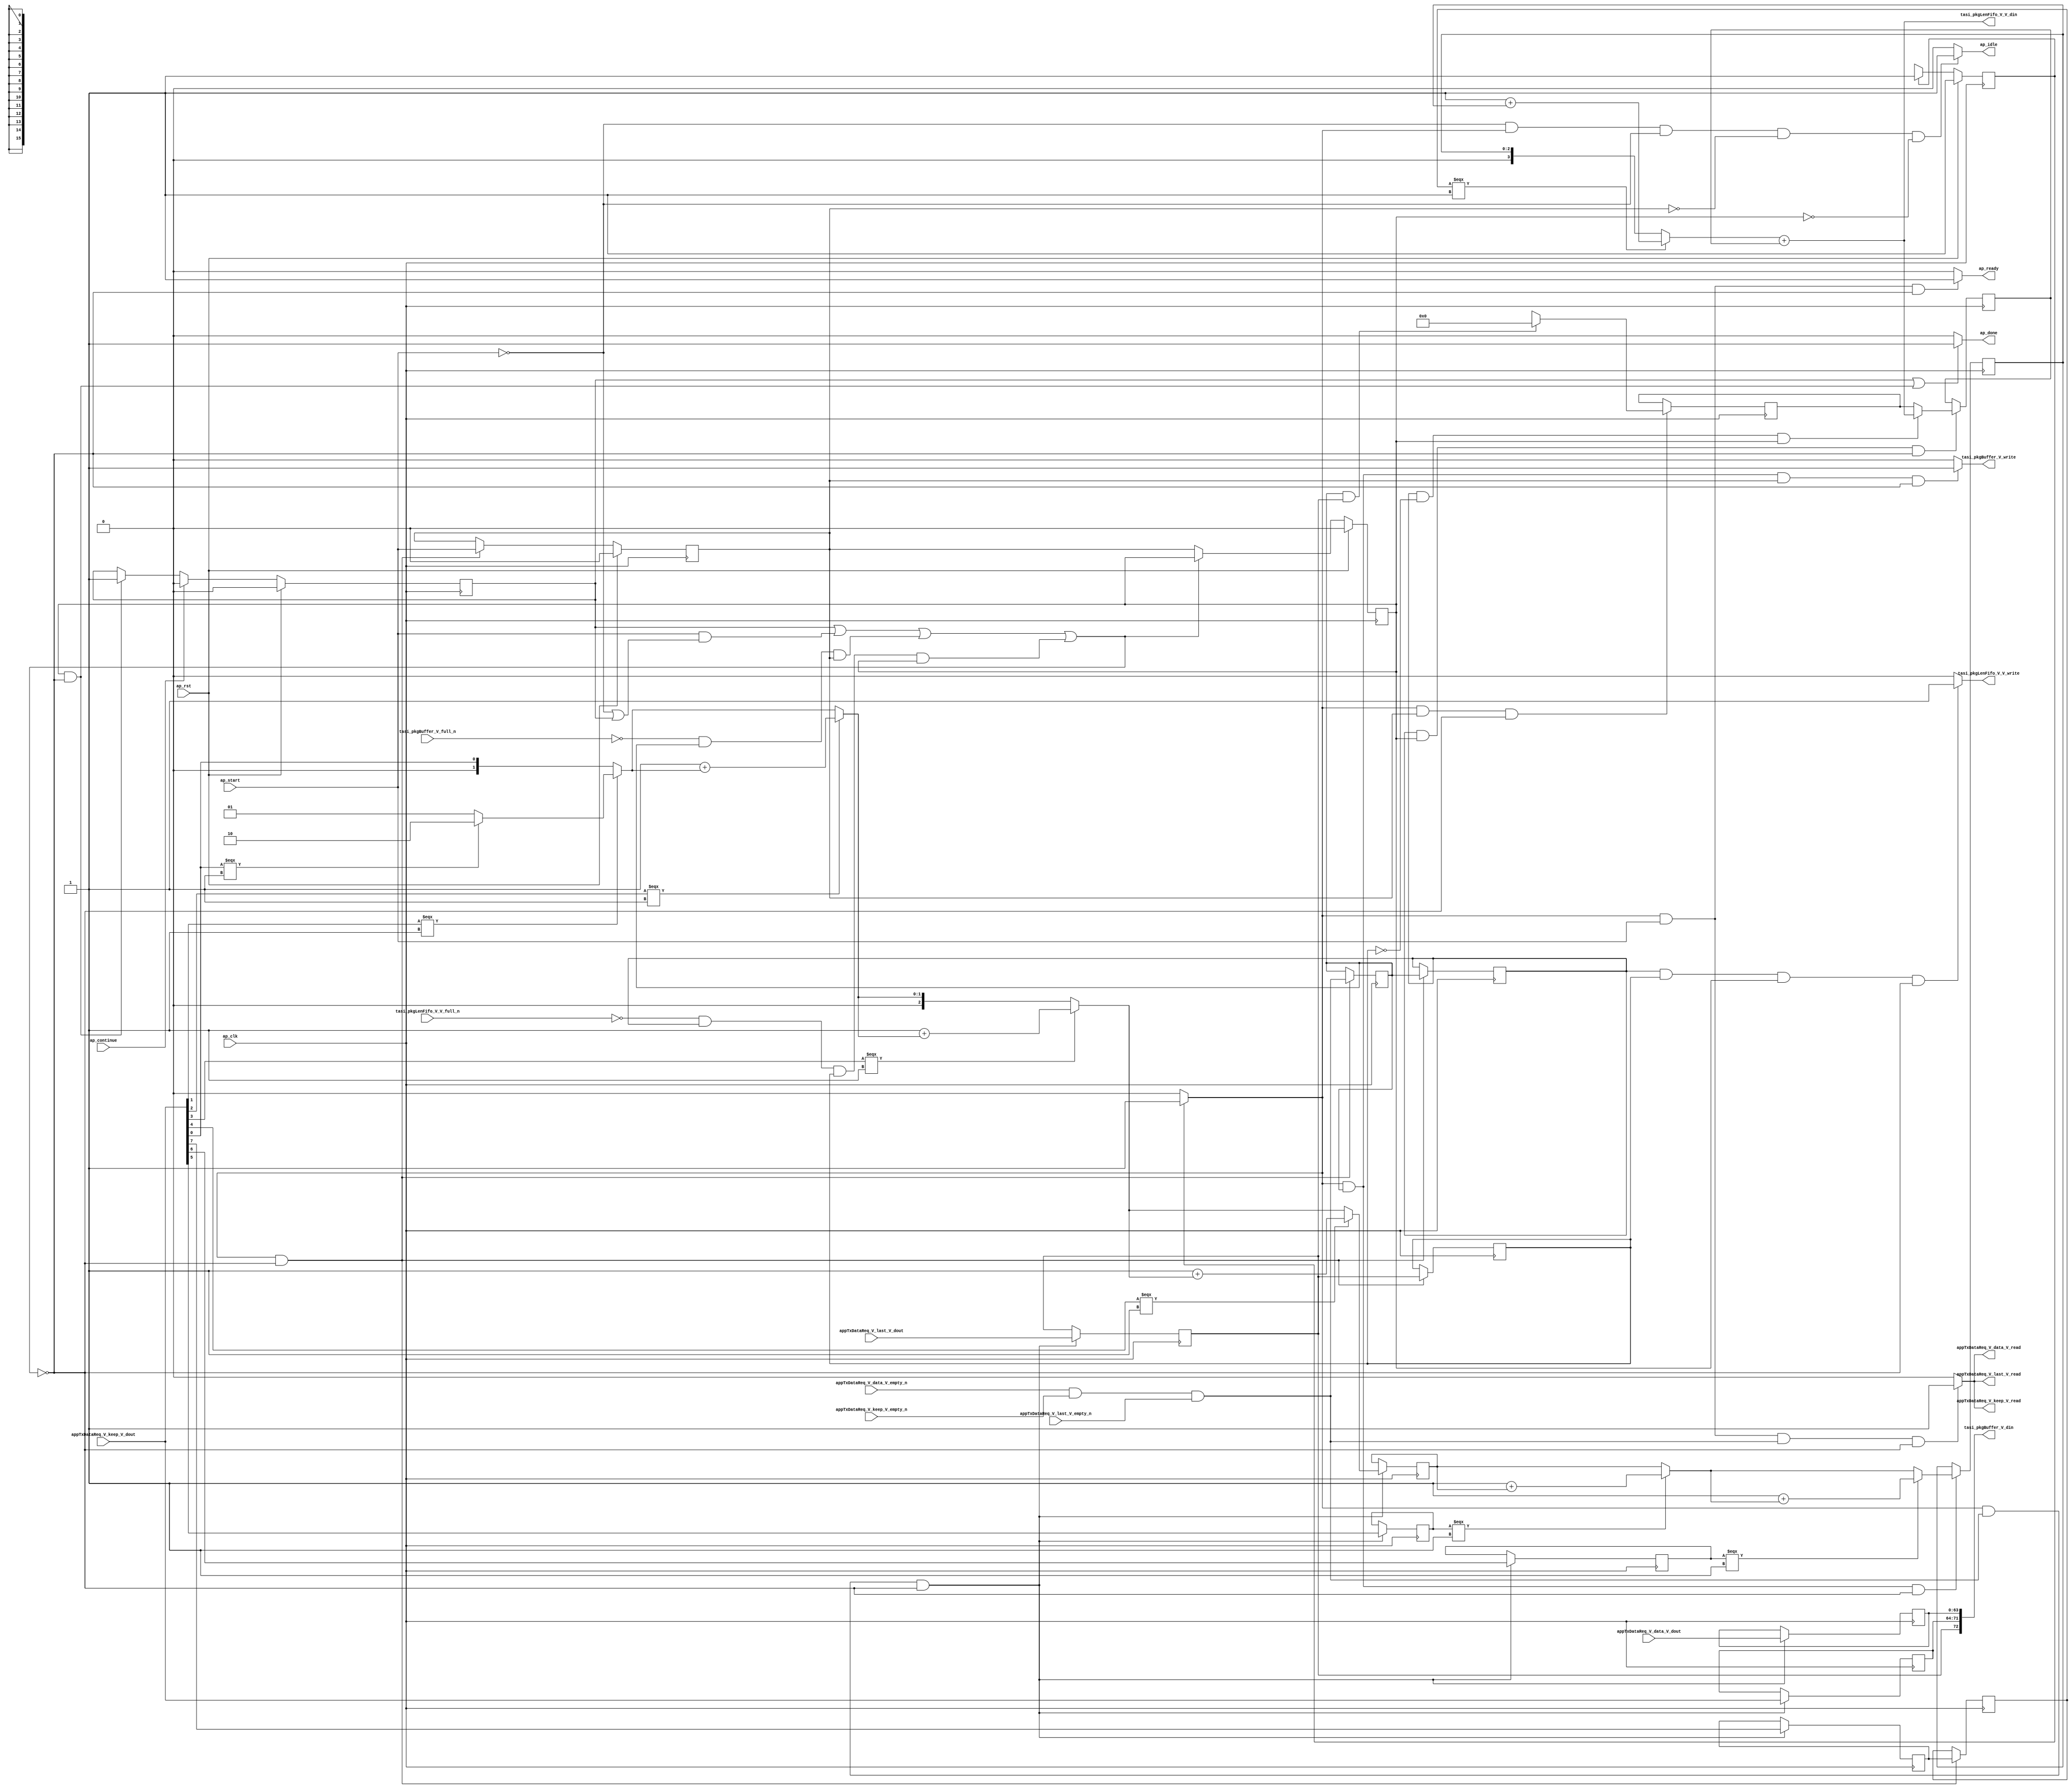
// This program was cloned from: https://github.com/mustafabbas/ECE1373_2016_hft_on_fpga
// License: MIT License

// ==============================================================
// RTL generated by Vivado(TM) HLS - High-Level Synthesis from C, C++ and SystemC
// Version: 2015.1
// Copyright (C) 2015 Xilinx Inc. All rights reserved.
// 
// ===========================================================

`timescale 1 ns / 1 ps 

module toe_tasi_compute_pkg_size (
        ap_clk,
        ap_rst,
        ap_start,
        ap_done,
        ap_continue,
        ap_idle,
        ap_ready,
        tasi_pkgBuffer_V_din,
        tasi_pkgBuffer_V_full_n,
        tasi_pkgBuffer_V_write,
        tasi_pkgLenFifo_V_V_din,
        tasi_pkgLenFifo_V_V_full_n,
        tasi_pkgLenFifo_V_V_write,
        appTxDataReq_V_data_V_dout,
        appTxDataReq_V_data_V_empty_n,
        appTxDataReq_V_data_V_read,
        appTxDataReq_V_keep_V_dout,
        appTxDataReq_V_keep_V_empty_n,
        appTxDataReq_V_keep_V_read,
        appTxDataReq_V_last_V_dout,
        appTxDataReq_V_last_V_empty_n,
        appTxDataReq_V_last_V_read
);

parameter    ap_const_logic_1 = 1'b1;
parameter    ap_const_logic_0 = 1'b0;
parameter    ap_ST_pp0_stg0_fsm_0 = 1'b1;
parameter    ap_const_lv32_0 = 32'b00000000000000000000000000000000;
parameter    ap_const_lv1_1 = 1'b1;
parameter    ap_const_lv1_0 = 1'b0;
parameter    ap_const_lv16_0 = 16'b0000000000000000;
parameter    ap_const_lv32_1 = 32'b1;
parameter    ap_const_lv2_2 = 2'b10;
parameter    ap_const_lv2_1 = 2'b1;
parameter    ap_const_lv32_2 = 32'b10;
parameter    ap_const_lv32_3 = 32'b11;
parameter    ap_const_lv3_1 = 3'b1;
parameter    ap_const_lv32_4 = 32'b100;
parameter    ap_const_lv32_5 = 32'b101;
parameter    ap_const_lv32_6 = 32'b110;
parameter    ap_const_lv32_7 = 32'b111;
parameter    ap_const_lv4_1 = 4'b1;
parameter    ap_true = 1'b1;

input   ap_clk;
input   ap_rst;
input   ap_start;
output   ap_done;
input   ap_continue;
output   ap_idle;
output   ap_ready;
output  [72:0] tasi_pkgBuffer_V_din;
input   tasi_pkgBuffer_V_full_n;
output   tasi_pkgBuffer_V_write;
output  [15:0] tasi_pkgLenFifo_V_V_din;
input   tasi_pkgLenFifo_V_V_full_n;
output   tasi_pkgLenFifo_V_V_write;
input  [63:0] appTxDataReq_V_data_V_dout;
input   appTxDataReq_V_data_V_empty_n;
output   appTxDataReq_V_data_V_read;
input  [7:0] appTxDataReq_V_keep_V_dout;
input   appTxDataReq_V_keep_V_empty_n;
output   appTxDataReq_V_keep_V_read;
input  [0:0] appTxDataReq_V_last_V_dout;
input   appTxDataReq_V_last_V_empty_n;
output   appTxDataReq_V_last_V_read;

reg ap_done;
reg ap_idle;
reg ap_ready;
reg tasi_pkgBuffer_V_write;
reg tasi_pkgLenFifo_V_V_write;
reg    ap_done_reg = 1'b0;
(* fsm_encoding = "none" *) reg   [0:0] ap_CS_fsm = 1'b1;
reg    ap_sig_cseq_ST_pp0_stg0_fsm_0;
reg    ap_sig_bdd_20;
wire    ap_reg_ppiten_pp0_it0;
reg    ap_reg_ppiten_pp0_it1 = 1'b0;
reg    ap_reg_ppiten_pp0_it2 = 1'b0;
wire    appTxDataReq_V_data_V0_status;
wire   [0:0] tmp_nbreadreq_fu_94_p5;
reg    ap_sig_bdd_49;
reg   [0:0] tmp_reg_350;
reg    ap_sig_bdd_60;
reg   [0:0] ap_reg_ppstg_tmp_reg_350_pp0_it1;
reg   [0:0] tmp_last_V_reg_364;
reg   [0:0] ap_reg_ppstg_tmp_last_V_reg_364_pp0_it1;
reg    ap_sig_bdd_78;
reg   [15:0] tasi_pkgLen_V = 16'b0000000000000000;
reg   [63:0] tmp_data_V_reg_354;
reg   [7:0] tmp_keep_V_reg_359;
wire   [2:0] agg_result_V_buf_0_tmp_2_4_i_fu_248_p3;
reg   [2:0] agg_result_V_buf_0_tmp_2_4_i_reg_369;
reg   [0:0] tmp_318_reg_375;
reg   [0:0] tmp_319_reg_380;
reg   [0:0] tmp_320_reg_385;
reg   [0:0] ap_reg_ppstg_tmp_320_reg_385_pp0_it1;
wire   [2:0] agg_result_V_buf_0_tmp_2_6_i_fu_305_p3;
reg   [2:0] agg_result_V_buf_0_tmp_2_6_i_reg_390;
wire   [15:0] ap_reg_phiprechg_tasi_pkgLen_V_new_reg_130pp0_it1;
reg   [15:0] ap_reg_phiprechg_tasi_pkgLen_V_new_reg_130pp0_it2;
reg   [15:0] tasi_pkgLen_V_new_phi_fu_134_p4;
wire   [15:0] tmp_V_fu_336_p2;
reg    appTxDataReq_V_data_V0_update;
wire   [0:0] tmp_313_fu_154_p1;
wire   [0:0] tmp_314_fu_162_p3;
wire   [1:0] tmp_2_1_i_fu_170_p3;
wire   [1:0] agg_result_V_buf_0_tmp_2_i_cas_fu_158_p1;
wire   [1:0] agg_result_V_buf_0_tmp_2_1_i_fu_178_p3;
wire   [0:0] tmp_315_fu_186_p3;
wire   [1:0] tmp_2_2_i_fu_194_p2;
wire   [1:0] agg_result_V_buf_0_tmp_2_2_i_fu_200_p3;
wire   [2:0] agg_result_V_buf_0_tmp_2_2_i_c_fu_208_p1;
wire   [0:0] tmp_316_fu_212_p3;
wire   [2:0] tmp_2_3_i_fu_220_p2;
wire   [2:0] agg_result_V_buf_0_tmp_2_3_i_fu_226_p3;
wire   [0:0] tmp_317_fu_234_p3;
wire   [2:0] tmp_2_4_i_fu_242_p2;
wire   [2:0] tmp_2_5_i_fu_288_p2;
wire   [2:0] agg_result_V_buf_0_tmp_2_5_i_fu_293_p3;
wire   [2:0] tmp_2_6_i_fu_299_p2;
wire   [3:0] agg_result_V_buf_0_tmp_2_6_i_c_fu_312_p1;
wire   [3:0] tmp_2_7_i_fu_315_p2;
wire   [3:0] agg_result_V_0_tmp_2_7_i_fu_321_p3;
wire   [15:0] tmp_s_fu_328_p1;
reg   [0:0] ap_NS_fsm;
reg    ap_sig_pprstidle_pp0;
reg    ap_sig_bdd_131;
reg    ap_sig_bdd_127;




/// the current state (ap_CS_fsm) of the state machine. ///
always @ (posedge ap_clk)
begin : ap_ret_ap_CS_fsm
    if (ap_rst == 1'b1) begin
        ap_CS_fsm <= ap_ST_pp0_stg0_fsm_0;
    end else begin
        ap_CS_fsm <= ap_NS_fsm;
    end
end

/// ap_done_reg assign process. ///
always @ (posedge ap_clk)
begin : ap_ret_ap_done_reg
    if (ap_rst == 1'b1) begin
        ap_done_reg <= ap_const_logic_0;
    end else begin
        if ((ap_const_logic_1 == ap_continue)) begin
            ap_done_reg <= ap_const_logic_0;
        end else if (((ap_const_logic_1 == ap_reg_ppiten_pp0_it2) & ~((ap_done_reg == ap_const_logic_1) | ((ap_const_logic_1 == ap_reg_ppiten_pp0_it0) & ap_sig_bdd_49) | (ap_sig_bdd_60 & (ap_const_logic_1 == ap_reg_ppiten_pp0_it1)) | (ap_sig_bdd_78 & (ap_const_logic_1 == ap_reg_ppiten_pp0_it2))))) begin
            ap_done_reg <= ap_const_logic_1;
        end
    end
end

/// ap_reg_ppiten_pp0_it1 assign process. ///
always @ (posedge ap_clk)
begin : ap_ret_ap_reg_ppiten_pp0_it1
    if (ap_rst == 1'b1) begin
        ap_reg_ppiten_pp0_it1 <= ap_const_logic_0;
    end else begin
        if (((ap_const_logic_1 == ap_sig_cseq_ST_pp0_stg0_fsm_0) & ~((ap_done_reg == ap_const_logic_1) | ((ap_const_logic_1 == ap_reg_ppiten_pp0_it0) & ap_sig_bdd_49) | (ap_sig_bdd_60 & (ap_const_logic_1 == ap_reg_ppiten_pp0_it1)) | (ap_sig_bdd_78 & (ap_const_logic_1 == ap_reg_ppiten_pp0_it2))))) begin
            ap_reg_ppiten_pp0_it1 <= ap_reg_ppiten_pp0_it0;
        end
    end
end

/// ap_reg_ppiten_pp0_it2 assign process. ///
always @ (posedge ap_clk)
begin : ap_ret_ap_reg_ppiten_pp0_it2
    if (ap_rst == 1'b1) begin
        ap_reg_ppiten_pp0_it2 <= ap_const_logic_0;
    end else begin
        if (~((ap_done_reg == ap_const_logic_1) | ((ap_const_logic_1 == ap_reg_ppiten_pp0_it0) & ap_sig_bdd_49) | (ap_sig_bdd_60 & (ap_const_logic_1 == ap_reg_ppiten_pp0_it1)) | (ap_sig_bdd_78 & (ap_const_logic_1 == ap_reg_ppiten_pp0_it2)))) begin
            ap_reg_ppiten_pp0_it2 <= ap_reg_ppiten_pp0_it1;
        end
    end
end

/// assign process. ///
always @(posedge ap_clk)
begin
    if (ap_sig_bdd_127) begin
        if (ap_sig_bdd_131) begin
            ap_reg_phiprechg_tasi_pkgLen_V_new_reg_130pp0_it2 <= ap_const_lv16_0;
        end else if ((ap_true == ap_true)) begin
            ap_reg_phiprechg_tasi_pkgLen_V_new_reg_130pp0_it2 <= ap_reg_phiprechg_tasi_pkgLen_V_new_reg_130pp0_it1;
        end
    end
end

/// assign process. ///
always @(posedge ap_clk)
begin
    if (((ap_const_logic_1 == ap_sig_cseq_ST_pp0_stg0_fsm_0) & ~(tmp_nbreadreq_fu_94_p5 == ap_const_lv1_0) & ~((ap_done_reg == ap_const_logic_1) | ((ap_const_logic_1 == ap_reg_ppiten_pp0_it0) & ap_sig_bdd_49) | (ap_sig_bdd_60 & (ap_const_logic_1 == ap_reg_ppiten_pp0_it1)) | (ap_sig_bdd_78 & (ap_const_logic_1 == ap_reg_ppiten_pp0_it2))))) begin
        agg_result_V_buf_0_tmp_2_4_i_reg_369 <= agg_result_V_buf_0_tmp_2_4_i_fu_248_p3;
        tmp_318_reg_375 <= appTxDataReq_V_keep_V_dout[ap_const_lv32_5];
        tmp_319_reg_380 <= appTxDataReq_V_keep_V_dout[ap_const_lv32_6];
        tmp_320_reg_385 <= appTxDataReq_V_keep_V_dout[ap_const_lv32_7];
        tmp_data_V_reg_354 <= appTxDataReq_V_data_V_dout;
        tmp_keep_V_reg_359 <= appTxDataReq_V_keep_V_dout;
        tmp_last_V_reg_364 <= appTxDataReq_V_last_V_dout;
    end
end

/// assign process. ///
always @(posedge ap_clk)
begin
    if (((ap_const_logic_1 == ap_sig_cseq_ST_pp0_stg0_fsm_0) & ~(ap_const_lv1_0 == tmp_reg_350) & ~((ap_done_reg == ap_const_logic_1) | ((ap_const_logic_1 == ap_reg_ppiten_pp0_it0) & ap_sig_bdd_49) | (ap_sig_bdd_60 & (ap_const_logic_1 == ap_reg_ppiten_pp0_it1)) | (ap_sig_bdd_78 & (ap_const_logic_1 == ap_reg_ppiten_pp0_it2))))) begin
        agg_result_V_buf_0_tmp_2_6_i_reg_390 <= agg_result_V_buf_0_tmp_2_6_i_fu_305_p3;
    end
end

/// assign process. ///
always @(posedge ap_clk)
begin
    if (((ap_const_logic_1 == ap_sig_cseq_ST_pp0_stg0_fsm_0) & ~((ap_done_reg == ap_const_logic_1) | ((ap_const_logic_1 == ap_reg_ppiten_pp0_it0) & ap_sig_bdd_49) | (ap_sig_bdd_60 & (ap_const_logic_1 == ap_reg_ppiten_pp0_it1)) | (ap_sig_bdd_78 & (ap_const_logic_1 == ap_reg_ppiten_pp0_it2))))) begin
        ap_reg_ppstg_tmp_320_reg_385_pp0_it1 <= tmp_320_reg_385;
        ap_reg_ppstg_tmp_last_V_reg_364_pp0_it1 <= tmp_last_V_reg_364;
        ap_reg_ppstg_tmp_reg_350_pp0_it1 <= tmp_reg_350;
        tmp_reg_350 <= tmp_nbreadreq_fu_94_p5;
    end
end

/// assign process. ///
always @(posedge ap_clk)
begin
    if ((~(ap_const_lv1_0 == ap_reg_ppstg_tmp_reg_350_pp0_it1) & (ap_const_logic_1 == ap_reg_ppiten_pp0_it2) & ~((ap_done_reg == ap_const_logic_1) | ((ap_const_logic_1 == ap_reg_ppiten_pp0_it0) & ap_sig_bdd_49) | (ap_sig_bdd_60 & (ap_const_logic_1 == ap_reg_ppiten_pp0_it1)) | (ap_sig_bdd_78 & (ap_const_logic_1 == ap_reg_ppiten_pp0_it2))))) begin
        tasi_pkgLen_V <= tasi_pkgLen_V_new_phi_fu_134_p4;
    end
end

/// ap_done assign process. ///
always @ (ap_done_reg or ap_reg_ppiten_pp0_it0 or ap_reg_ppiten_pp0_it1 or ap_reg_ppiten_pp0_it2 or ap_sig_bdd_49 or ap_sig_bdd_60 or ap_sig_bdd_78)
begin
    if (((ap_const_logic_1 == ap_done_reg) | ((ap_const_logic_1 == ap_reg_ppiten_pp0_it2) & ~((ap_done_reg == ap_const_logic_1) | ((ap_const_logic_1 == ap_reg_ppiten_pp0_it0) & ap_sig_bdd_49) | (ap_sig_bdd_60 & (ap_const_logic_1 == ap_reg_ppiten_pp0_it1)) | (ap_sig_bdd_78 & (ap_const_logic_1 == ap_reg_ppiten_pp0_it2)))))) begin
        ap_done = ap_const_logic_1;
    end else begin
        ap_done = ap_const_logic_0;
    end
end

/// ap_idle assign process. ///
always @ (ap_start or ap_sig_cseq_ST_pp0_stg0_fsm_0 or ap_reg_ppiten_pp0_it0 or ap_reg_ppiten_pp0_it1 or ap_reg_ppiten_pp0_it2)
begin
    if ((~(ap_const_logic_1 == ap_start) & (ap_const_logic_1 == ap_sig_cseq_ST_pp0_stg0_fsm_0) & (ap_const_logic_0 == ap_reg_ppiten_pp0_it0) & (ap_const_logic_0 == ap_reg_ppiten_pp0_it1) & (ap_const_logic_0 == ap_reg_ppiten_pp0_it2))) begin
        ap_idle = ap_const_logic_1;
    end else begin
        ap_idle = ap_const_logic_0;
    end
end

/// ap_ready assign process. ///
always @ (ap_done_reg or ap_sig_cseq_ST_pp0_stg0_fsm_0 or ap_reg_ppiten_pp0_it0 or ap_reg_ppiten_pp0_it1 or ap_reg_ppiten_pp0_it2 or ap_sig_bdd_49 or ap_sig_bdd_60 or ap_sig_bdd_78)
begin
    if (((ap_const_logic_1 == ap_sig_cseq_ST_pp0_stg0_fsm_0) & (ap_const_logic_1 == ap_reg_ppiten_pp0_it0) & ~((ap_done_reg == ap_const_logic_1) | ((ap_const_logic_1 == ap_reg_ppiten_pp0_it0) & ap_sig_bdd_49) | (ap_sig_bdd_60 & (ap_const_logic_1 == ap_reg_ppiten_pp0_it1)) | (ap_sig_bdd_78 & (ap_const_logic_1 == ap_reg_ppiten_pp0_it2))))) begin
        ap_ready = ap_const_logic_1;
    end else begin
        ap_ready = ap_const_logic_0;
    end
end

/// ap_sig_cseq_ST_pp0_stg0_fsm_0 assign process. ///
always @ (ap_sig_bdd_20)
begin
    if (ap_sig_bdd_20) begin
        ap_sig_cseq_ST_pp0_stg0_fsm_0 = ap_const_logic_1;
    end else begin
        ap_sig_cseq_ST_pp0_stg0_fsm_0 = ap_const_logic_0;
    end
end

/// ap_sig_pprstidle_pp0 assign process. ///
always @ (ap_start or ap_reg_ppiten_pp0_it0 or ap_reg_ppiten_pp0_it1)
begin
    if (((ap_const_logic_0 == ap_reg_ppiten_pp0_it0) & (ap_const_logic_0 == ap_reg_ppiten_pp0_it1) & (ap_const_logic_0 == ap_start))) begin
        ap_sig_pprstidle_pp0 = ap_const_logic_1;
    end else begin
        ap_sig_pprstidle_pp0 = ap_const_logic_0;
    end
end

/// appTxDataReq_V_data_V0_update assign process. ///
always @ (ap_done_reg or ap_sig_cseq_ST_pp0_stg0_fsm_0 or ap_reg_ppiten_pp0_it0 or ap_reg_ppiten_pp0_it1 or ap_reg_ppiten_pp0_it2 or tmp_nbreadreq_fu_94_p5 or ap_sig_bdd_49 or ap_sig_bdd_60 or ap_sig_bdd_78)
begin
    if (((ap_const_logic_1 == ap_sig_cseq_ST_pp0_stg0_fsm_0) & (ap_const_logic_1 == ap_reg_ppiten_pp0_it0) & ~(tmp_nbreadreq_fu_94_p5 == ap_const_lv1_0) & ~((ap_done_reg == ap_const_logic_1) | ((ap_const_logic_1 == ap_reg_ppiten_pp0_it0) & ap_sig_bdd_49) | (ap_sig_bdd_60 & (ap_const_logic_1 == ap_reg_ppiten_pp0_it1)) | (ap_sig_bdd_78 & (ap_const_logic_1 == ap_reg_ppiten_pp0_it2))))) begin
        appTxDataReq_V_data_V0_update = ap_const_logic_1;
    end else begin
        appTxDataReq_V_data_V0_update = ap_const_logic_0;
    end
end

/// tasi_pkgBuffer_V_write assign process. ///
always @ (ap_done_reg or ap_sig_cseq_ST_pp0_stg0_fsm_0 or ap_reg_ppiten_pp0_it0 or ap_reg_ppiten_pp0_it1 or ap_reg_ppiten_pp0_it2 or ap_sig_bdd_49 or tmp_reg_350 or ap_sig_bdd_60 or ap_sig_bdd_78)
begin
    if (((ap_const_logic_1 == ap_sig_cseq_ST_pp0_stg0_fsm_0) & ~(ap_const_lv1_0 == tmp_reg_350) & (ap_const_logic_1 == ap_reg_ppiten_pp0_it1) & ~((ap_done_reg == ap_const_logic_1) | ((ap_const_logic_1 == ap_reg_ppiten_pp0_it0) & ap_sig_bdd_49) | (ap_sig_bdd_60 & (ap_const_logic_1 == ap_reg_ppiten_pp0_it1)) | (ap_sig_bdd_78 & (ap_const_logic_1 == ap_reg_ppiten_pp0_it2))))) begin
        tasi_pkgBuffer_V_write = ap_const_logic_1;
    end else begin
        tasi_pkgBuffer_V_write = ap_const_logic_0;
    end
end

/// tasi_pkgLenFifo_V_V_write assign process. ///
always @ (ap_done_reg or ap_reg_ppiten_pp0_it0 or ap_reg_ppiten_pp0_it1 or ap_reg_ppiten_pp0_it2 or ap_sig_bdd_49 or ap_sig_bdd_60 or ap_reg_ppstg_tmp_reg_350_pp0_it1 or ap_reg_ppstg_tmp_last_V_reg_364_pp0_it1 or ap_sig_bdd_78)
begin
    if ((~(ap_const_lv1_0 == ap_reg_ppstg_tmp_reg_350_pp0_it1) & ~(ap_const_lv1_0 == ap_reg_ppstg_tmp_last_V_reg_364_pp0_it1) & (ap_const_logic_1 == ap_reg_ppiten_pp0_it2) & ~((ap_done_reg == ap_const_logic_1) | ((ap_const_logic_1 == ap_reg_ppiten_pp0_it0) & ap_sig_bdd_49) | (ap_sig_bdd_60 & (ap_const_logic_1 == ap_reg_ppiten_pp0_it1)) | (ap_sig_bdd_78 & (ap_const_logic_1 == ap_reg_ppiten_pp0_it2))))) begin
        tasi_pkgLenFifo_V_V_write = ap_const_logic_1;
    end else begin
        tasi_pkgLenFifo_V_V_write = ap_const_logic_0;
    end
end

/// tasi_pkgLen_V_new_phi_fu_134_p4 assign process. ///
always @ (ap_reg_ppiten_pp0_it2 or ap_reg_ppstg_tmp_reg_350_pp0_it1 or ap_reg_ppstg_tmp_last_V_reg_364_pp0_it1 or ap_reg_phiprechg_tasi_pkgLen_V_new_reg_130pp0_it2 or tmp_V_fu_336_p2)
begin
    if ((~(ap_const_lv1_0 == ap_reg_ppstg_tmp_reg_350_pp0_it1) & (ap_const_lv1_0 == ap_reg_ppstg_tmp_last_V_reg_364_pp0_it1) & (ap_const_logic_1 == ap_reg_ppiten_pp0_it2))) begin
        tasi_pkgLen_V_new_phi_fu_134_p4 = tmp_V_fu_336_p2;
    end else begin
        tasi_pkgLen_V_new_phi_fu_134_p4 = ap_reg_phiprechg_tasi_pkgLen_V_new_reg_130pp0_it2;
    end
end
/// the next state (ap_NS_fsm) of the state machine. ///
always @ (ap_done_reg or ap_CS_fsm or ap_reg_ppiten_pp0_it0 or ap_reg_ppiten_pp0_it1 or ap_reg_ppiten_pp0_it2 or ap_sig_bdd_49 or ap_sig_bdd_60 or ap_sig_bdd_78 or ap_sig_pprstidle_pp0)
begin
    case (ap_CS_fsm)
        ap_ST_pp0_stg0_fsm_0 : 
        begin
            ap_NS_fsm = ap_ST_pp0_stg0_fsm_0;
        end
        default : 
        begin
            ap_NS_fsm = 'bx;
        end
    endcase
end

assign agg_result_V_0_tmp_2_7_i_fu_321_p3 = ((ap_reg_ppstg_tmp_320_reg_385_pp0_it1[0:0]===1'b1)? tmp_2_7_i_fu_315_p2: agg_result_V_buf_0_tmp_2_6_i_c_fu_312_p1);
assign agg_result_V_buf_0_tmp_2_1_i_fu_178_p3 = ((tmp_314_fu_162_p3[0:0]===1'b1)? tmp_2_1_i_fu_170_p3: agg_result_V_buf_0_tmp_2_i_cas_fu_158_p1);
assign agg_result_V_buf_0_tmp_2_2_i_c_fu_208_p1 = agg_result_V_buf_0_tmp_2_2_i_fu_200_p3;
assign agg_result_V_buf_0_tmp_2_2_i_fu_200_p3 = ((tmp_315_fu_186_p3[0:0]===1'b1)? tmp_2_2_i_fu_194_p2: agg_result_V_buf_0_tmp_2_1_i_fu_178_p3);
assign agg_result_V_buf_0_tmp_2_3_i_fu_226_p3 = ((tmp_316_fu_212_p3[0:0]===1'b1)? tmp_2_3_i_fu_220_p2: agg_result_V_buf_0_tmp_2_2_i_c_fu_208_p1);
assign agg_result_V_buf_0_tmp_2_4_i_fu_248_p3 = ((tmp_317_fu_234_p3[0:0]===1'b1)? tmp_2_4_i_fu_242_p2: agg_result_V_buf_0_tmp_2_3_i_fu_226_p3);
assign agg_result_V_buf_0_tmp_2_5_i_fu_293_p3 = ((tmp_318_reg_375[0:0]===1'b1)? tmp_2_5_i_fu_288_p2: agg_result_V_buf_0_tmp_2_4_i_reg_369);
assign agg_result_V_buf_0_tmp_2_6_i_c_fu_312_p1 = agg_result_V_buf_0_tmp_2_6_i_reg_390;
assign agg_result_V_buf_0_tmp_2_6_i_fu_305_p3 = ((tmp_319_reg_380[0:0]===1'b1)? tmp_2_6_i_fu_299_p2: agg_result_V_buf_0_tmp_2_5_i_fu_293_p3);
assign agg_result_V_buf_0_tmp_2_i_cas_fu_158_p1 = tmp_313_fu_154_p1;
assign ap_reg_phiprechg_tasi_pkgLen_V_new_reg_130pp0_it1 = 'bx;
assign ap_reg_ppiten_pp0_it0 = ap_start;

/// ap_sig_bdd_127 assign process. ///
always @ (ap_done_reg or ap_sig_cseq_ST_pp0_stg0_fsm_0 or ap_reg_ppiten_pp0_it0 or ap_reg_ppiten_pp0_it1 or ap_reg_ppiten_pp0_it2 or ap_sig_bdd_49 or ap_sig_bdd_60 or ap_sig_bdd_78)
begin
    ap_sig_bdd_127 = ((ap_const_logic_1 == ap_sig_cseq_ST_pp0_stg0_fsm_0) & (ap_const_logic_1 == ap_reg_ppiten_pp0_it1) & ~((ap_done_reg == ap_const_logic_1) | ((ap_const_logic_1 == ap_reg_ppiten_pp0_it0) & ap_sig_bdd_49) | (ap_sig_bdd_60 & (ap_const_logic_1 == ap_reg_ppiten_pp0_it1)) | (ap_sig_bdd_78 & (ap_const_logic_1 == ap_reg_ppiten_pp0_it2))));
end

/// ap_sig_bdd_131 assign process. ///
always @ (tmp_reg_350 or tmp_last_V_reg_364)
begin
    ap_sig_bdd_131 = (~(ap_const_lv1_0 == tmp_reg_350) & ~(ap_const_lv1_0 == tmp_last_V_reg_364));
end

/// ap_sig_bdd_20 assign process. ///
always @ (ap_CS_fsm)
begin
    ap_sig_bdd_20 = (ap_CS_fsm[ap_const_lv32_0] == ap_const_lv1_1);
end

/// ap_sig_bdd_49 assign process. ///
always @ (ap_start or ap_done_reg or appTxDataReq_V_data_V0_status or tmp_nbreadreq_fu_94_p5)
begin
    ap_sig_bdd_49 = (((appTxDataReq_V_data_V0_status == ap_const_logic_0) & ~(tmp_nbreadreq_fu_94_p5 == ap_const_lv1_0)) | (ap_start == ap_const_logic_0) | (ap_done_reg == ap_const_logic_1));
end

/// ap_sig_bdd_60 assign process. ///
always @ (tasi_pkgBuffer_V_full_n or tmp_reg_350)
begin
    ap_sig_bdd_60 = ((tasi_pkgBuffer_V_full_n == ap_const_logic_0) & ~(ap_const_lv1_0 == tmp_reg_350));
end

/// ap_sig_bdd_78 assign process. ///
always @ (tasi_pkgLenFifo_V_V_full_n or ap_reg_ppstg_tmp_reg_350_pp0_it1 or ap_reg_ppstg_tmp_last_V_reg_364_pp0_it1)
begin
    ap_sig_bdd_78 = ((tasi_pkgLenFifo_V_V_full_n == ap_const_logic_0) & ~(ap_const_lv1_0 == ap_reg_ppstg_tmp_reg_350_pp0_it1) & ~(ap_const_lv1_0 == ap_reg_ppstg_tmp_last_V_reg_364_pp0_it1));
end
assign appTxDataReq_V_data_V0_status = (appTxDataReq_V_data_V_empty_n & appTxDataReq_V_keep_V_empty_n & appTxDataReq_V_last_V_empty_n);
assign appTxDataReq_V_data_V_read = appTxDataReq_V_data_V0_update;
assign appTxDataReq_V_keep_V_read = appTxDataReq_V_data_V0_update;
assign appTxDataReq_V_last_V_read = appTxDataReq_V_data_V0_update;
assign tasi_pkgBuffer_V_din = {{{tmp_last_V_reg_364}, {tmp_keep_V_reg_359}}, {tmp_data_V_reg_354}};
assign tasi_pkgLenFifo_V_V_din = (tmp_s_fu_328_p1 + tasi_pkgLen_V);
assign tmp_2_1_i_fu_170_p3 = ((tmp_313_fu_154_p1[0:0]===1'b1)? ap_const_lv2_2: ap_const_lv2_1);
assign tmp_2_2_i_fu_194_p2 = (ap_const_lv2_1 + agg_result_V_buf_0_tmp_2_1_i_fu_178_p3);
assign tmp_2_3_i_fu_220_p2 = (ap_const_lv3_1 + agg_result_V_buf_0_tmp_2_2_i_c_fu_208_p1);
assign tmp_2_4_i_fu_242_p2 = (ap_const_lv3_1 + agg_result_V_buf_0_tmp_2_3_i_fu_226_p3);
assign tmp_2_5_i_fu_288_p2 = (ap_const_lv3_1 + agg_result_V_buf_0_tmp_2_4_i_reg_369);
assign tmp_2_6_i_fu_299_p2 = (ap_const_lv3_1 + agg_result_V_buf_0_tmp_2_5_i_fu_293_p3);
assign tmp_2_7_i_fu_315_p2 = (ap_const_lv4_1 + agg_result_V_buf_0_tmp_2_6_i_c_fu_312_p1);
assign tmp_313_fu_154_p1 = appTxDataReq_V_keep_V_dout[0:0];
assign tmp_314_fu_162_p3 = appTxDataReq_V_keep_V_dout[ap_const_lv32_1];
assign tmp_315_fu_186_p3 = appTxDataReq_V_keep_V_dout[ap_const_lv32_2];
assign tmp_316_fu_212_p3 = appTxDataReq_V_keep_V_dout[ap_const_lv32_3];
assign tmp_317_fu_234_p3 = appTxDataReq_V_keep_V_dout[ap_const_lv32_4];
assign tmp_V_fu_336_p2 = (tmp_s_fu_328_p1 + tasi_pkgLen_V);
assign tmp_nbreadreq_fu_94_p5 = (appTxDataReq_V_data_V_empty_n & appTxDataReq_V_keep_V_empty_n & appTxDataReq_V_last_V_empty_n);
assign tmp_s_fu_328_p1 = agg_result_V_0_tmp_2_7_i_fu_321_p3;


endmodule //toe_tasi_compute_pkg_size